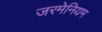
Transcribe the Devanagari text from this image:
जरमेनियम